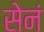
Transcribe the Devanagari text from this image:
सेनं